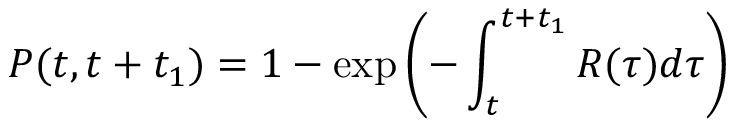
P ( t , t + t _ { 1 } ) = 1 - \exp \left( - \int _ { t } ^ { t + t _ { 1 } } R ( \tau ) d \tau \right)